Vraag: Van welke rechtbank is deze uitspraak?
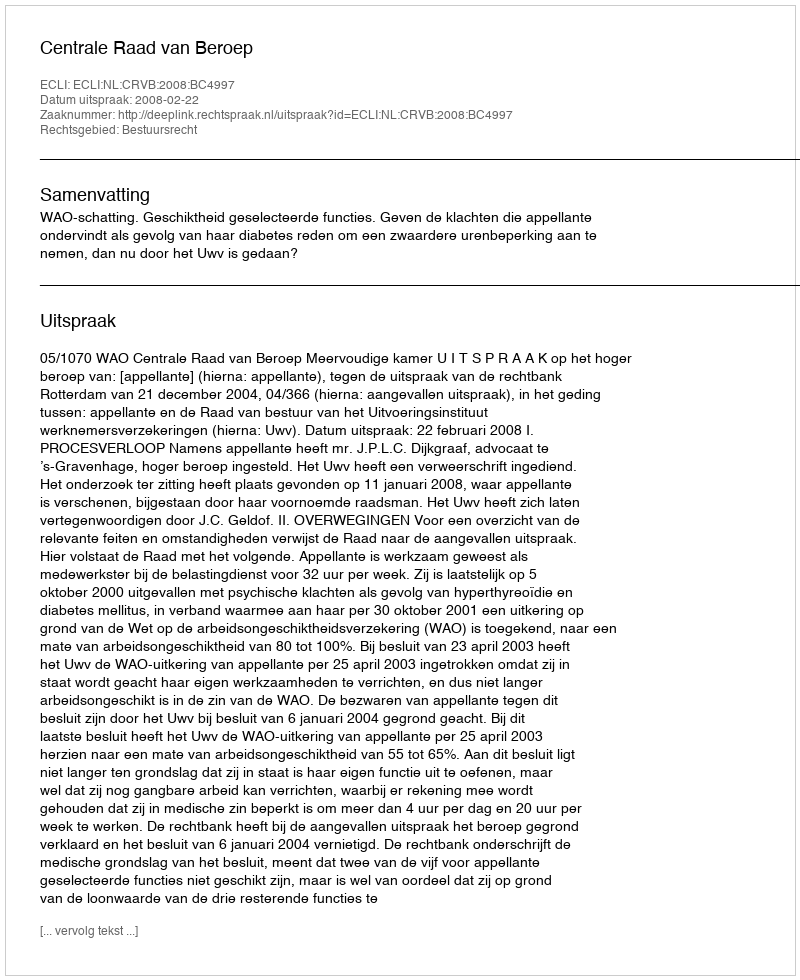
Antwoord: Centrale Raad van Beroep